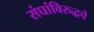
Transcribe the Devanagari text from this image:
संघांविरुद्धचे